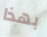
بهذا